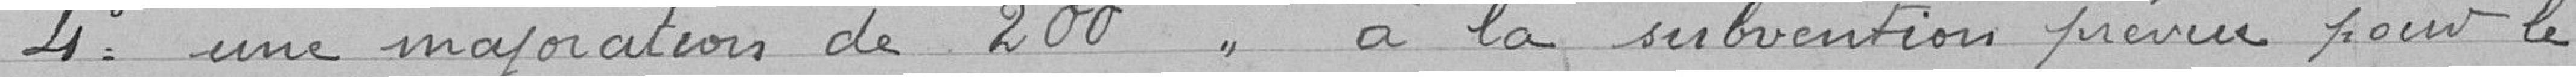
4° une majoration de 200 " à la subvention prévue pour le